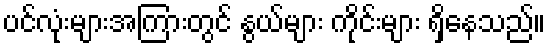
ပင်လုံးများအကြားတွင် နွယ်များ ကိုင်းများ ရှိနေသည်။